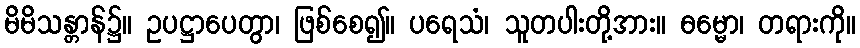
မိမိသန္တာန်၌။ ဥပဋ္ဌာပေတွာ၊ ဖြစ်စေ၍။ ပရေသံ၊ သူတပါးတို့အား။ ဓမ္မော၊ တရားကို။